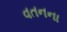
વતનના